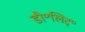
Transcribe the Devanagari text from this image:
डी॰लिट्॰